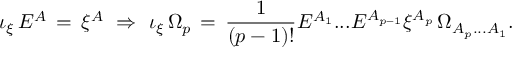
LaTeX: \iota _ { \xi } \, E ^ { A } \, = \, \xi ^ { A } \ \Rightarrow \ \iota _ { \xi } \, \Omega _ { p } \, = \, \frac { 1 } { ( p - 1 ) ! } E ^ { A _ { 1 } } . . . E ^ { A _ { p - 1 } } \xi ^ { A _ { p } } \, \Omega _ { A _ { p } . . . A _ { 1 } } .